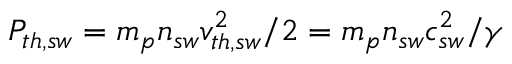
P _ { t h , s w } = m _ { p } n _ { s w } v _ { t h , s w } ^ { 2 } / 2 = m _ { p } n _ { s w } c _ { s w } ^ { 2 } / \gamma